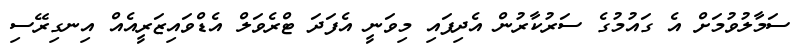
ސަމާލުވުމަށް އެ ގައުމުގެ ސަރުކާރުން އެދިފައި މިވަނީ އެފަދަ ޓްރެވަލް އެޑްވައިޒަރީއެއް އިނގިރޭސި